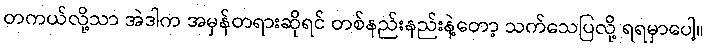
တကယ်လို့သာ အဲဒါက အမှန်တရားဆိုရင် တစ်နည်းနည်းနဲ့တော့ သက်သေပြလို့ ရရမှာပေါ့။